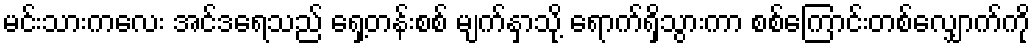
မင်းသားကလေး အင်ဒရေသည် ရှေ့တန်းစစ် မျက်နှာသို့ ရောက်ရှိသွားကာ စစ်ကြောင်းတစ်လျှောက်ကို